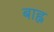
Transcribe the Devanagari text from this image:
बाह्न